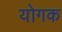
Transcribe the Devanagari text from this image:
योगक